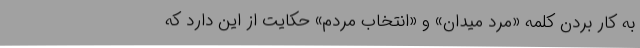
به کار بردن کلمه «مرد میدان» و «انتخاب مردم» حکایت از این دارد که